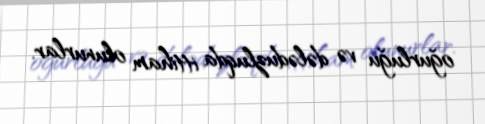
oğurluğu və dələduzluqda ittiham olunurlar.